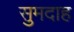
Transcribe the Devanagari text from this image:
सुमदाह